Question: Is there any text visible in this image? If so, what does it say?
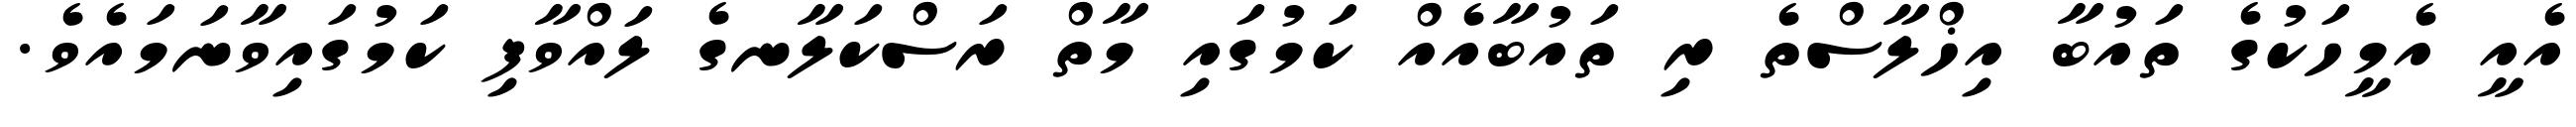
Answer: އެއީ އެމީހަކުގެ ތައުބާ އިޚްލާސްތެ ރި ތައުބާއެއް ކަމުގައި މާތް ރަސްކަލާނގެ ލައްވާފި ކަމުގައިވާނަމައެވެ.